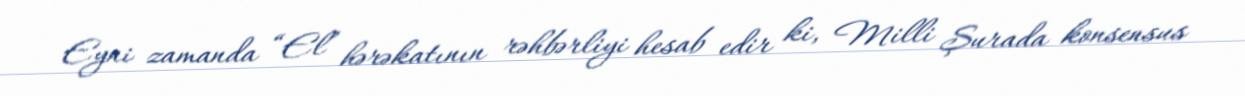
Eyni zamanda “El” hərəkatının rəhbərliyi hesab edir ki, Milli Şurada konsensus